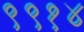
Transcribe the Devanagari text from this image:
९९१४